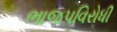
ભાજપવિરોધી